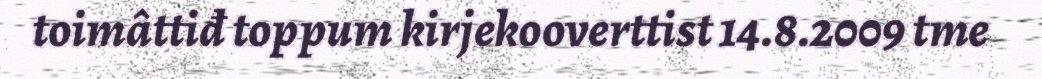
toimâttiđ toppum kirjekooverttist 14.8.2009 tme